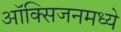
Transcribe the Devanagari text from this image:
ऑक्सिजनमध्ये